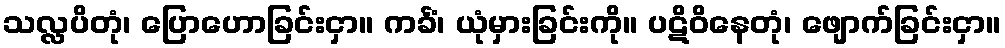
သလ္လပိတုံ၊ ပြောဟောခြင်းငှာ။ ကင်္ခံ၊ ယုံမှားခြင်းကို။ ပဋိဝိနေတုံ၊ ဖျောက်ခြင်းငှာ။